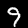
Label: 9